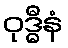
ဝုဒ္ဓီနံ